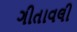
ગીતાવલી